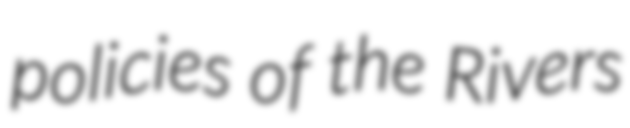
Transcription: policies of the Rivers